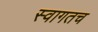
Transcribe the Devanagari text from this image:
स्‍वागतच